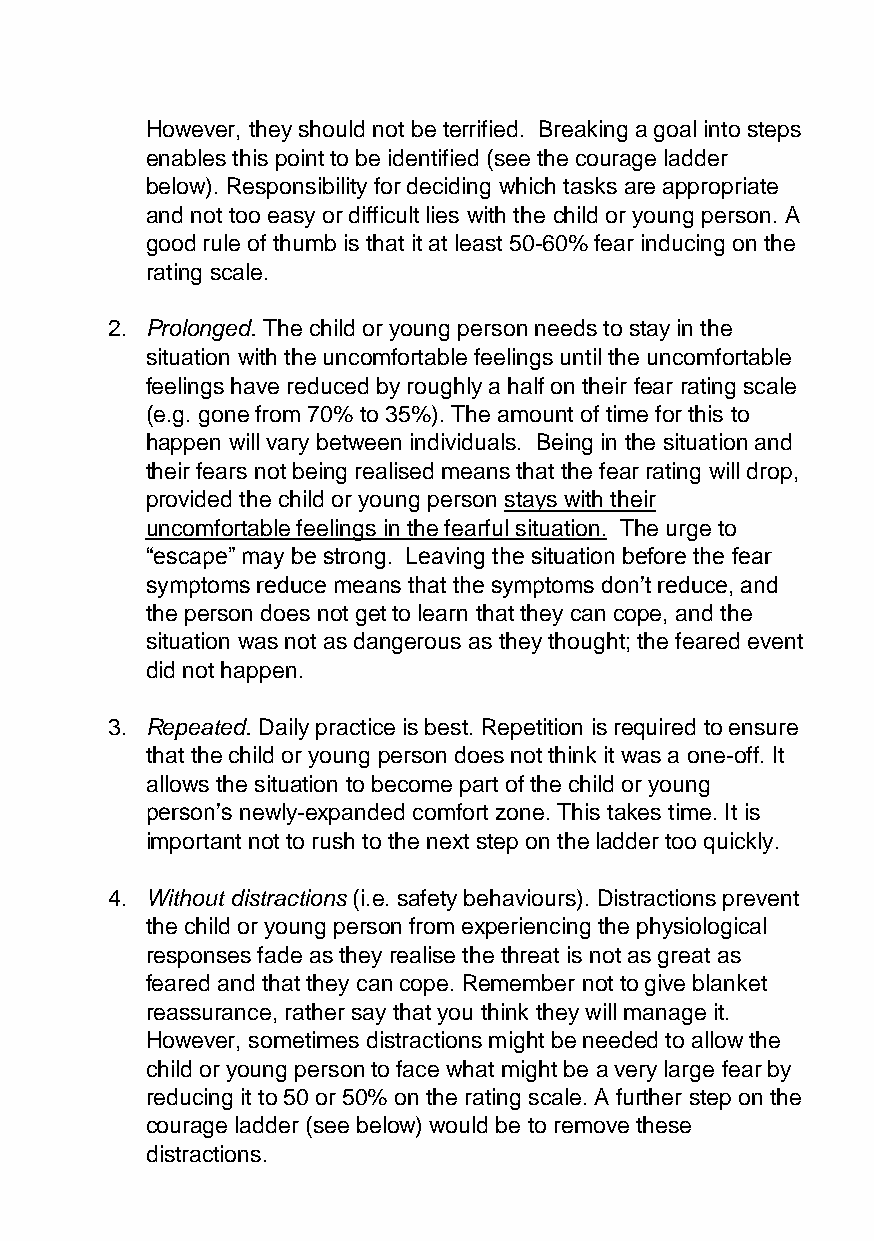
However, they should not be terrified. Breaking a goal into steps
 enables this point to be identified (see the courage ladder
 below). Responsibility for deciding which tasks are appropriate
 and not too easy or difficult lies with the child or young person. A
 good rule of thumb is that it at least 50-60% fear inducing on the
 rating scale.
 2. Prolonged. The child or young person needs to stay in the
 situation with the uncomfortable feelings until the uncomfortable
 feelings have reduced by roughly a half on their fear rating scale
 (e.g. gone from 70% to 35%). The amount of time for this to
 happen will vary between individuals. Being in the situation and
 their fears not being realised means that the fear rating will drop,
 provided the child or young person stays with their
 uncomfortable feelings in the fearful situation. The urge to
 “escape” may be strong. Leaving the situation before the fear
 symptoms reduce means that the symptoms don’t reduce, and
 the person does not get to learn that they can cope, and the
 situation was not as dangerous as they thought; the feared event
 did not happen.
 3. Repeated. Daily practice is best. Repetition is required to ensure
 that the child or young person does not think it was a one-off. It
 allows the situation to become part of the child or young
 person’s newly-expanded comfort zone. This takes time. It is
 important not to rush to the next step on the ladder too quickly.
 4. Without distractions (i.e. safety behaviours). Distractions prevent
 the child or young person from experiencing the physiological
 responses fade as they realise the threat is not as great as
 feared and that they can cope. Remember not to give blanket
 reassurance, rather say that you think they will manage it.
 However, sometimes distractions might be needed to allow the
 child or young person to face what might be a very large fear by
 reducing it to 50 or 50% on the rating scale. A further step on the
 courage ladder (see below) would be to remove these
 distractions.